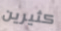
كثيرين